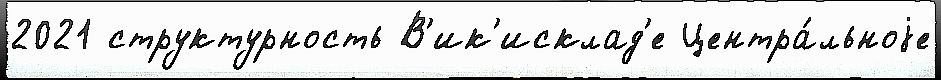
2021 структурность В'ик'исклад'е Центра́льноjе